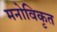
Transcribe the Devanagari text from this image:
मनोविकृत